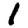
Digit: 1